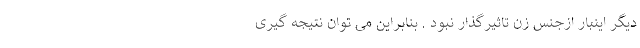
دیگر اینبار ازجنس زن تاثیرگذار نبود . بنابراین می توان نتیجه گیری